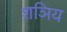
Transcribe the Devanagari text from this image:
शञिय